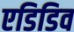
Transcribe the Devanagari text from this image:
एडिडिव